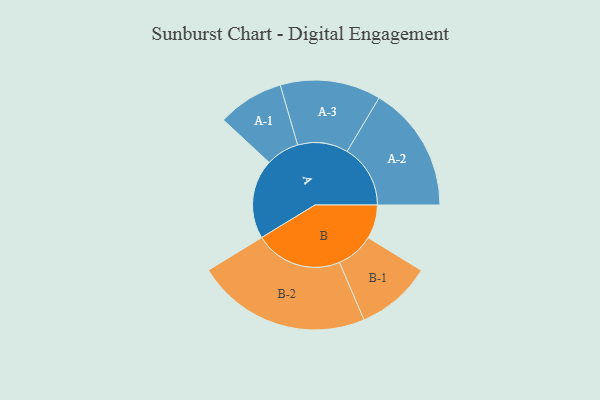
{"axis": {"x": "Segment", "y": "Value"}, "legend": ["", "A", "B"], "data": [{"x": "A", "y": 240, "type": ""}, {"x": "B", "y": 102, "type": ""}, {"x": "A-1", "y": 100, "type": "A"}, {"x": "A-2", "y": 191, "type": "A"}, {"x": "A-3", "y": 152, "type": "A"}, {"x": "B-1", "y": 114, "type": "B"}, {"x": "B-2", "y": 264, "type": "B"}]}